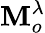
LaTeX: {\mathbf{M}}_{o}^{\lambda}